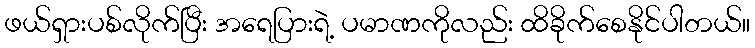
ဖယ်ရှားပစ်လိုက်ပြီး အရေပြားရဲ့ ပမာဏကိုလည်း ထိခိုက်စေနိုင်ပါတယ်။